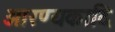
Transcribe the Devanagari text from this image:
आरण्यकादि